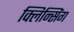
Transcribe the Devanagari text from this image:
क्लिन्सिंग